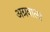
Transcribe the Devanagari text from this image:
अग्रवाला